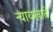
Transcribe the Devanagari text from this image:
न्यायखाते